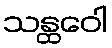
သန္ထဝေါ